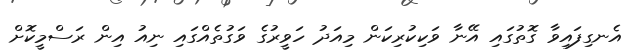
އެނގިފައިވާ ގޮތުގައި އޭނާ ވަކިކުރިކަން މިއަދު ހަވީރުގެ ވަގުތެއްގައި ނިއު އިން ރަސްމީކޮށް